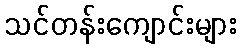
သင်တန်းကျောင်းများ